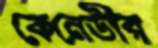
কেনেডীর